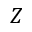
Z